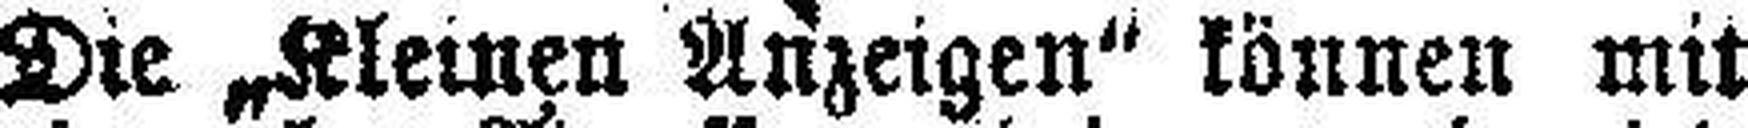
Die „Kleinen Anzeigen“ können mit